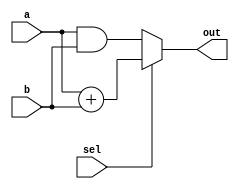
module combinational_logic (
    input wire [3:0] a,      // 4-bit input signal
    input wire [3:0] b,      // 4-bit input signal
    input wire sel,          // Select signal for choice
    output reg [3:0] out     // 4-bit output signal
);

always @(*) begin
    // Combinational logic description
    if (sel) begin
        out = a + b;         // If sel is high, output the sum of a and b
    end else begin
        out = a & b;         // If sel is low, output the bitwise AND of a and b
    end
end

endmodule